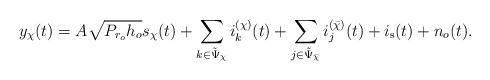
LaTeX: \begin{align*}\!\!\!\!\!\!\!\!\!\! y_{\chi}(t)= A \sqrt{P_{r_o} h_o} s_{\chi}(t) + \sum_{k \in \tilde{\Psi}_{\chi}} i_{k}^{(\chi)}(t)+ \sum_{j \in \tilde{\Psi}_{\bar{\chi}}}i_{j}^{(\bar{\chi})}(t) + i_{\rm s}(t) + n_{o}(t).\end{align*}